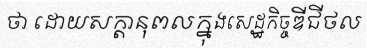
ថា ដោយសក្តានុពលក្នុងសេដ្ឋកិច្ចឌីជីថល